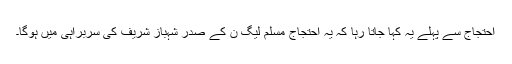
احتجاج سے پہلے یہ کہا جاتا رہا کہ یہ احتجاج مسلم لیگ ن کے صدر شہباز شریف کی سربراہی میں ہوگا۔